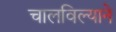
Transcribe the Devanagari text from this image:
चालविल्याने